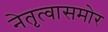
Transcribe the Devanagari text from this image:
नेतृत्वासमोर